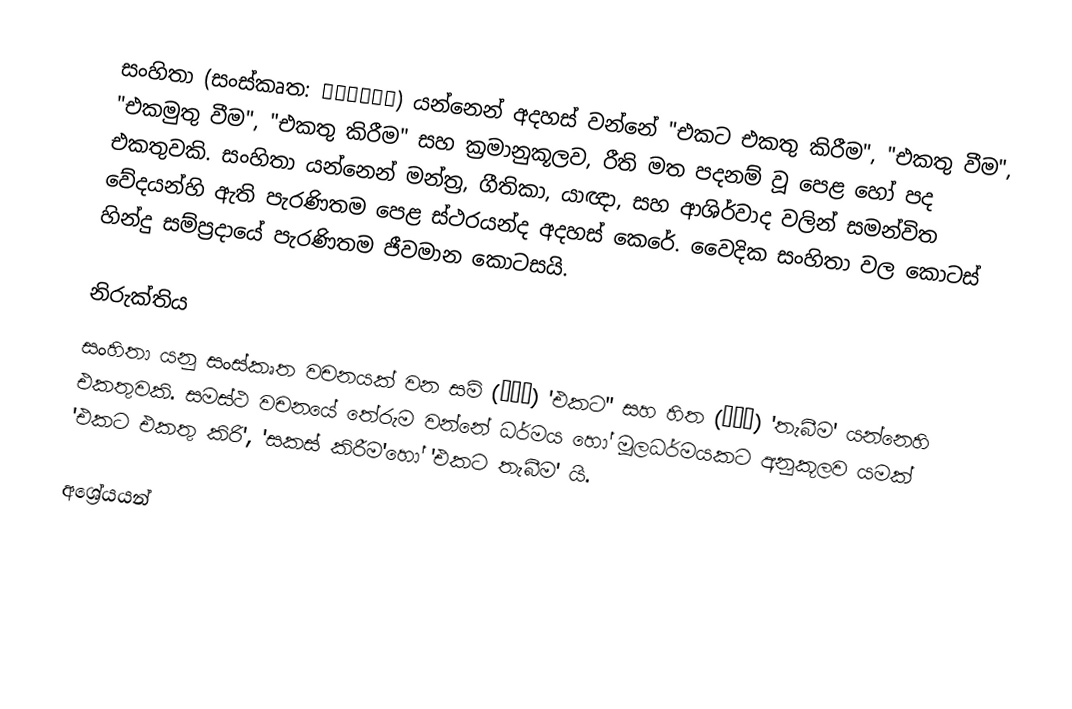
සංහිතා (සංස්කෘත: संहिता) යන්නෙන් අදහස් වන්නේ "එකට එකතු කිරීම", "එකතු වීම", "එකමුතු වීම", "එකතු කිරීම" සහ ක්‍රමානුකූලව, රීති මත පදනම් වූ පෙළ හෝ පද එකතුවකි. සංහිතා යන්නෙන් මන්ත්‍ර, ගීතිකා, යාඥා, සහ ආශිර්වාද වලින් සමන්විත වේදයන්හි ඇති පැරණිතම පෙළ ස්ථරයන්ද අදහස් කෙරේ. වෛදික සංහිතා වල කොටස් හින්දු සම්ප්‍රදායේ පැරණිතම ජීවමාන කොටසයි.

නිරුක්තිය
සංහිතා යනු සංස්කෘත වචනයක් වන සම් (सम्) 'එකට'' සහ හිත (हित) 'තැබීම' යන්නෙහි එකතුවකි. සමස්ථ වචනයේ තේරුම වන්නේ ධර්මය හෝ මූලධර්මයකට අනුකූලව යමක් 'එකට එකතු කිරි', 'සකස් කිරීම'හෝ 'එකට තැබීම' යි.

අශ්‍රේයයන්